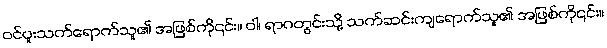
ဝင်ပူးသက်ရောက်သူ၏ အဖြစ်ကို၎င်း။ ဝါ၊ ရာဂတွင်းသို့ သက်ဆင်းကျရောက်သူ၏ အဖြစ်ကို၎င်း။